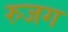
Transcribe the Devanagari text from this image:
रुजग